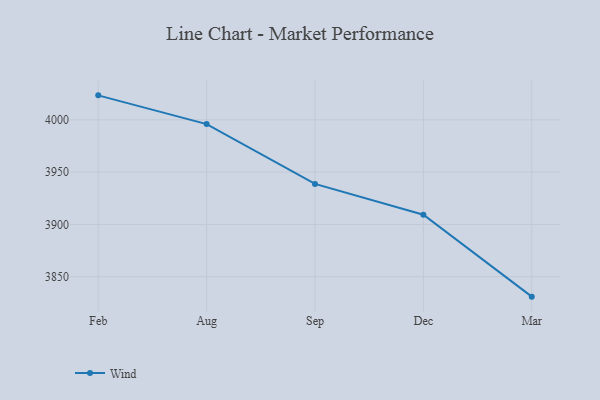
{"axis": {"x": "Month", "y": "LTV (USD)"}, "legend": ["Wind"], "data": [{"x": "Feb", "y": 4023.4, "type": "Wind"}, {"x": "Aug", "y": 3995.9, "type": "Wind"}, {"x": "Sep", "y": 3938.7, "type": "Wind"}, {"x": "Dec", "y": 3909.2, "type": "Wind"}, {"x": "Mar", "y": 3830.9, "type": "Wind"}]}